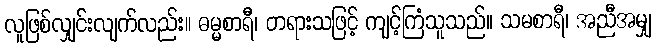
လူဖြစ်လျှင်းလျက်လည်း။ ဓမ္မစာရီ၊ တရားသဖြင့် ကျင့်ကြံသူသည်။ သမစာရီ၊ အညီအမျှ